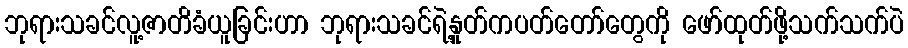
ဘုရားသခင်လူ့ဇာတိခံယူခြင်းဟာ ဘုရားသခင်ရဲ့နှုတ်ကပတ်တော်တွေကို ဖော်ထုတ်ဖို့သက်သက်ပဲ